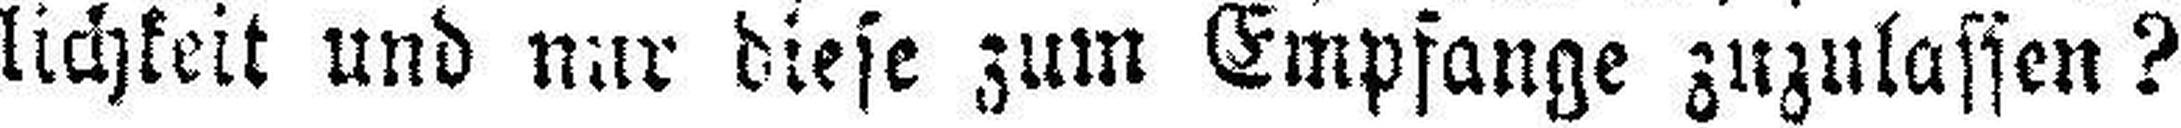
lichkeit und nur diese zum Empfange zuzulassen?